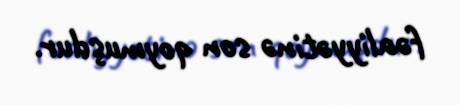
fəaliyyətinə son qoymuşdur.